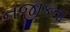
નજીકતા